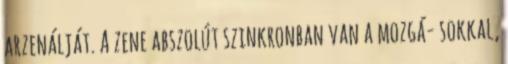
arzenálját. A zene abszolút szinkronban van a mozgá- sokkal,